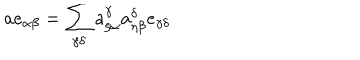
LaTeX: a e _ { \alpha \beta } = \sum _ { \gamma \delta } a _ { \xi \alpha } ^ { \gamma } a _ { \eta \beta } ^ { \delta } e _ { \gamma \delta }